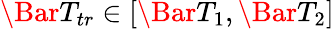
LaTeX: \Bar{T}_{tr}\in\left[\Bar{T}_{1},\Bar{T}_{2}\right]